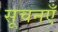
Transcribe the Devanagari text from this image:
सूचनएँ